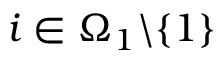
i \in \Omega _ { 1 } \backslash \{ 1 \}